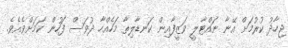
ޖިހާދު ކުރުމަށް އޭނާ ނައްޓާލީ ވަޒީފާއިން ކަނޑާލިތާ މަހެއްހާ ދުވަސް ފަހުން ކަމަށްވެއެވެ.